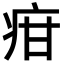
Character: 疳